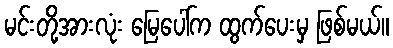
မင်းတို့အားလုံး မြေပေါ်က ထွက်ပေးမှ ဖြစ်မယ်။